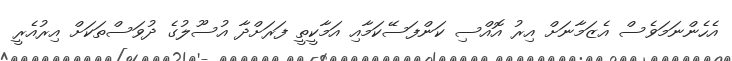
އެހެންނަމަވެސް އެޒަމާނަށް އިރު އޮއްސި ކަންފަސޭކަމާއި އަމާކީތީ ފަރަށްދާ އުސޫލުގެ ދުވަސްތަކަށް އިރުއެރީ